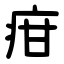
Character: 疳